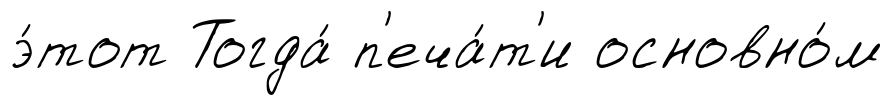
э́тот Тогда́ п'еча́т'и основно́м